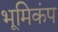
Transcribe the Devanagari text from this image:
भूमिकंप